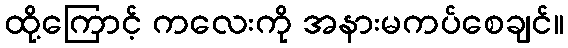
ထို့ကြောင့် ကလေးကို အနားမကပ်စေချင်။